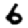
Digit: 6